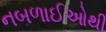
નબળાઈઓથી